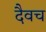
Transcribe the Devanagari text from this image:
दैवच